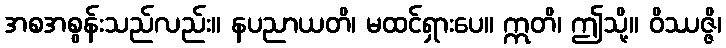
အစအစွန်းသည်လည်း။ နပညာယတိ၊ မထင်ရှားပေ။ ဣတိ၊ ဤသို့။ ဝိဿဇ္ဇိ၊